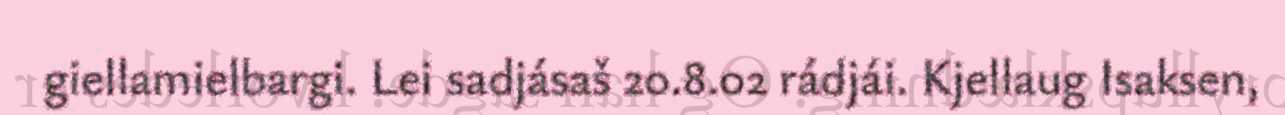
giellamielbargi. Lei sadjásaš 20.8.02 rádjái. Kjellaug Isaksen,